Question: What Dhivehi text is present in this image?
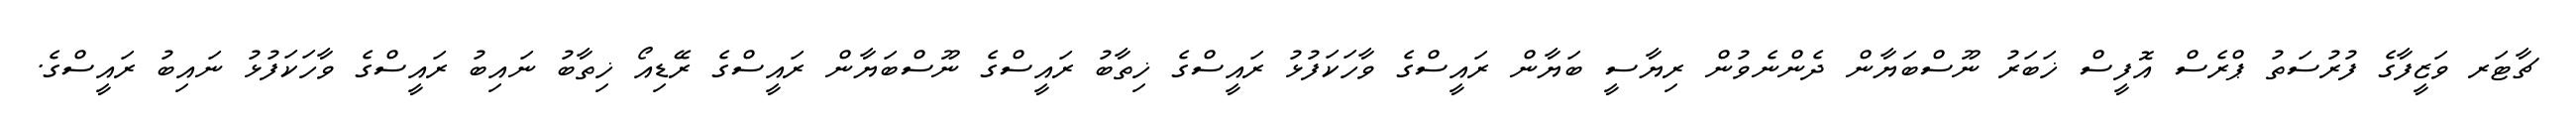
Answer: ޗާޓަރ ވަޒީފާގެ ފުރުސަތު ޕްރެސް އޮފީސް ޚަބަރު ނޫސްބަޔާން ދެންނެވުން ރިޔާސީ ބަޔާން ރައީސްގެ ވާހަކަފުޅު ރައީސްގެ ޚިތާބު ރައީސްގެ ނޫސްބަޔާން ރައީސްގެ ރޭޑިއޯ ޚިތާބު ނައިބު ރައީސްގެ ވާހަކަފުޅު ނައިބު ރައީސްގެ.